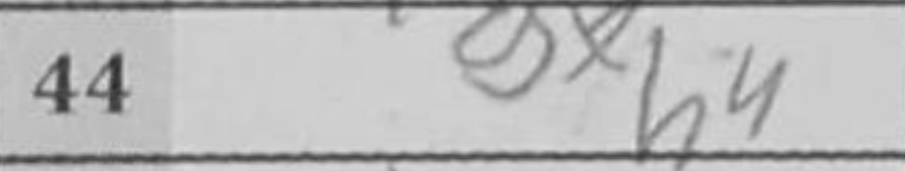
Transcription: gxh4